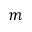
m